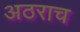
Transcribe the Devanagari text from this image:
अठराच